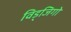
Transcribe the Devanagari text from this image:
विड्जिगो